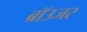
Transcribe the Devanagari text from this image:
ब्रॉउजर